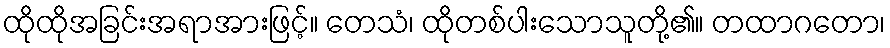
ထိုထိုအခြင်းအရာအားဖြင့်။ တေသံ၊ ထိုတစ်ပါးသောသူတို့၏။ တထာဂတော၊